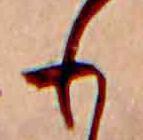
も